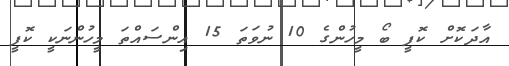
އާދަކޮށް ކޮފީ ބޯ މީހުންގެ 10 ނުވަތަ 15 އިންސައްތަ މީހުންނަކީ ކޮފީ